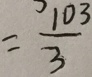
= \frac { 1 0 3 } { 3 }